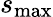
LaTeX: s_{\mathrm{max}}